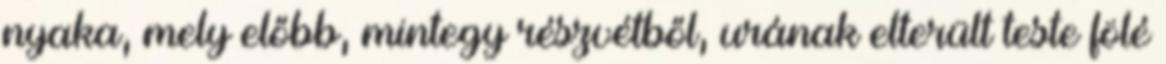
nyaka, mely előbb, mintegy részvétből, urának elterült teste fölé